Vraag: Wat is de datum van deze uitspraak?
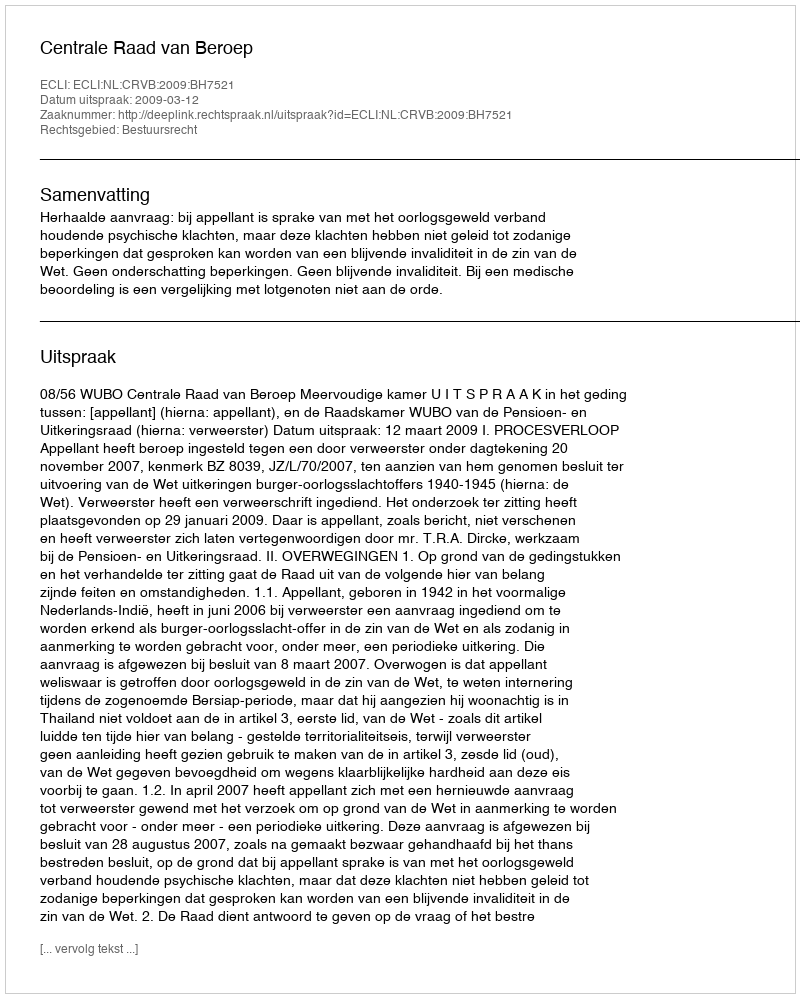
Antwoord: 2009-03-12